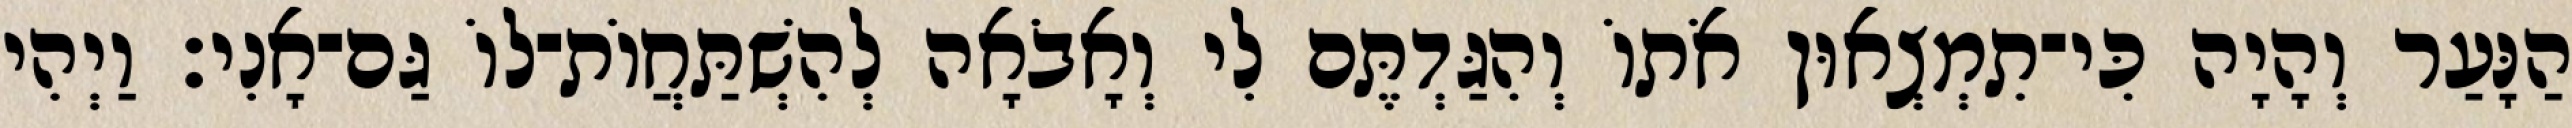
הַנָּעַר וְהָיָה כִּי־תִמְצְאוּן אֹתוֹ וְהִגַּדְתֶּם לִי וְאָבֹאָה לְהִשְׁתַּחֲוֹת־לוֹ גַּם־אָנִי׃ וַיְהִי